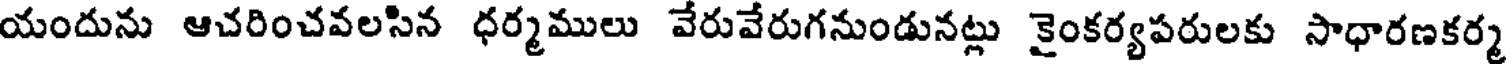
యందును ఆచరించవలసిన ధర్మములు వేరువేరుగనుండునట్లు కైంకర్యపరులకు సాధారణకర్మ